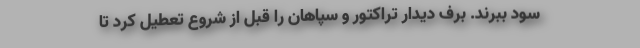
سود ببرند. برف دیدار تراکتور و سپاهان را قبل از شروع تعطیل کرد تا